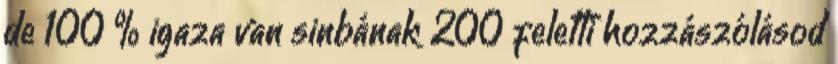
de 100 % igaza van sinbának 200 feletti hozzászólásod